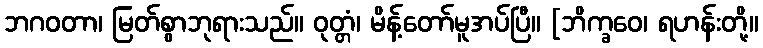
ဘဂဝတာ၊ မြတ်စွာဘုရားသည်။ ဝုတ္တံ၊ မိန့်တော်မူအပ်ပြီ။ [ဘိက္ခဝေ၊ ရဟန်းတို့။